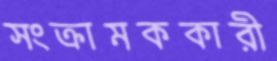
সংক্রামককারী